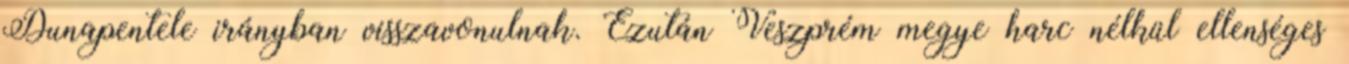
Dunapentele irányban visszavonulnak. Ezután Veszprém megye harc nélkül ellenséges